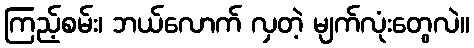
ကြည့်စမ်း၊ ဘယ်လောက် လှတဲ့ မျက်လုံးတွေလဲ။